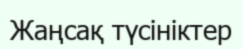
Жаңсақ түсініктер